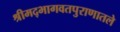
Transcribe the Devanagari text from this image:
श्रीमद्भागवतपुराणातले